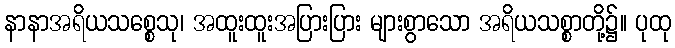
နာနာအရိယသစ္စေသု၊ အထူးထူးအပြားပြား များစွာသော အရိယသစ္စာတို့၌။ ပုထု